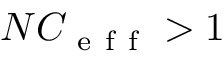
N C _ { \mathrm { ~ e ~ f ~ f ~ } } > 1